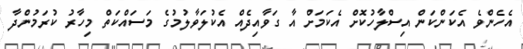
އެހެންވެ އެކަންކަން އިސްލާހުކޮށް އެކަމަށް އާ ގަވާއިދެއް އެކުލަވާލުމުގެ މަސައްކަތް މިހާރު ކުރަމުންދާ